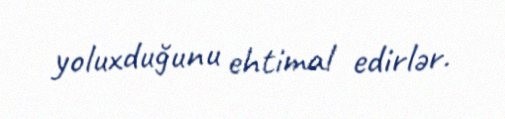
yoluxduğunu ehtimal edirlər.